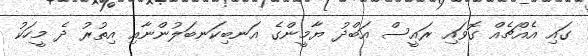
ގައި އެއްޗެއް ގޮވައި ރައީސް އަބްދު ޔާމީންގެ އަނބިކަނބަލުންނާއި އިތުރު ދެ މީހަކު